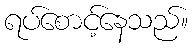
ရပ်စောင့်နေသည်။